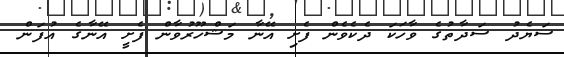
ސަޔެދުު ސަދާތުގެ ވާހަކަ ދެކެވެން ފެށި އޭނާ މަޝްހޫރުވާން ފެށީ އޭނާގެ އުފަން